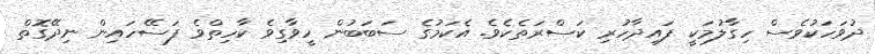
ދުވަހަކުވެސް ހިގާލުމަކީ ފައިދާހުރި ކަސްރަތެކެވެ. އެކަމުގެ ސަބަބުން ހީވާގިވެ ކާހިތްވެ ފަސޭހައިން ނިދޭގޮތް